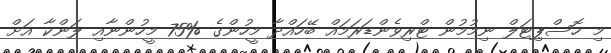
މި ހޮސްޕިޓަލް ނިމުމުން ޓްރިވެންޑަރަމައް ބޭހައްދާ މީހުންގެ %75 މީހުންނާއި ލަންކާ އަށް